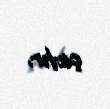
çatır.